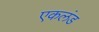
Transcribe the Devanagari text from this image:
एकलंड